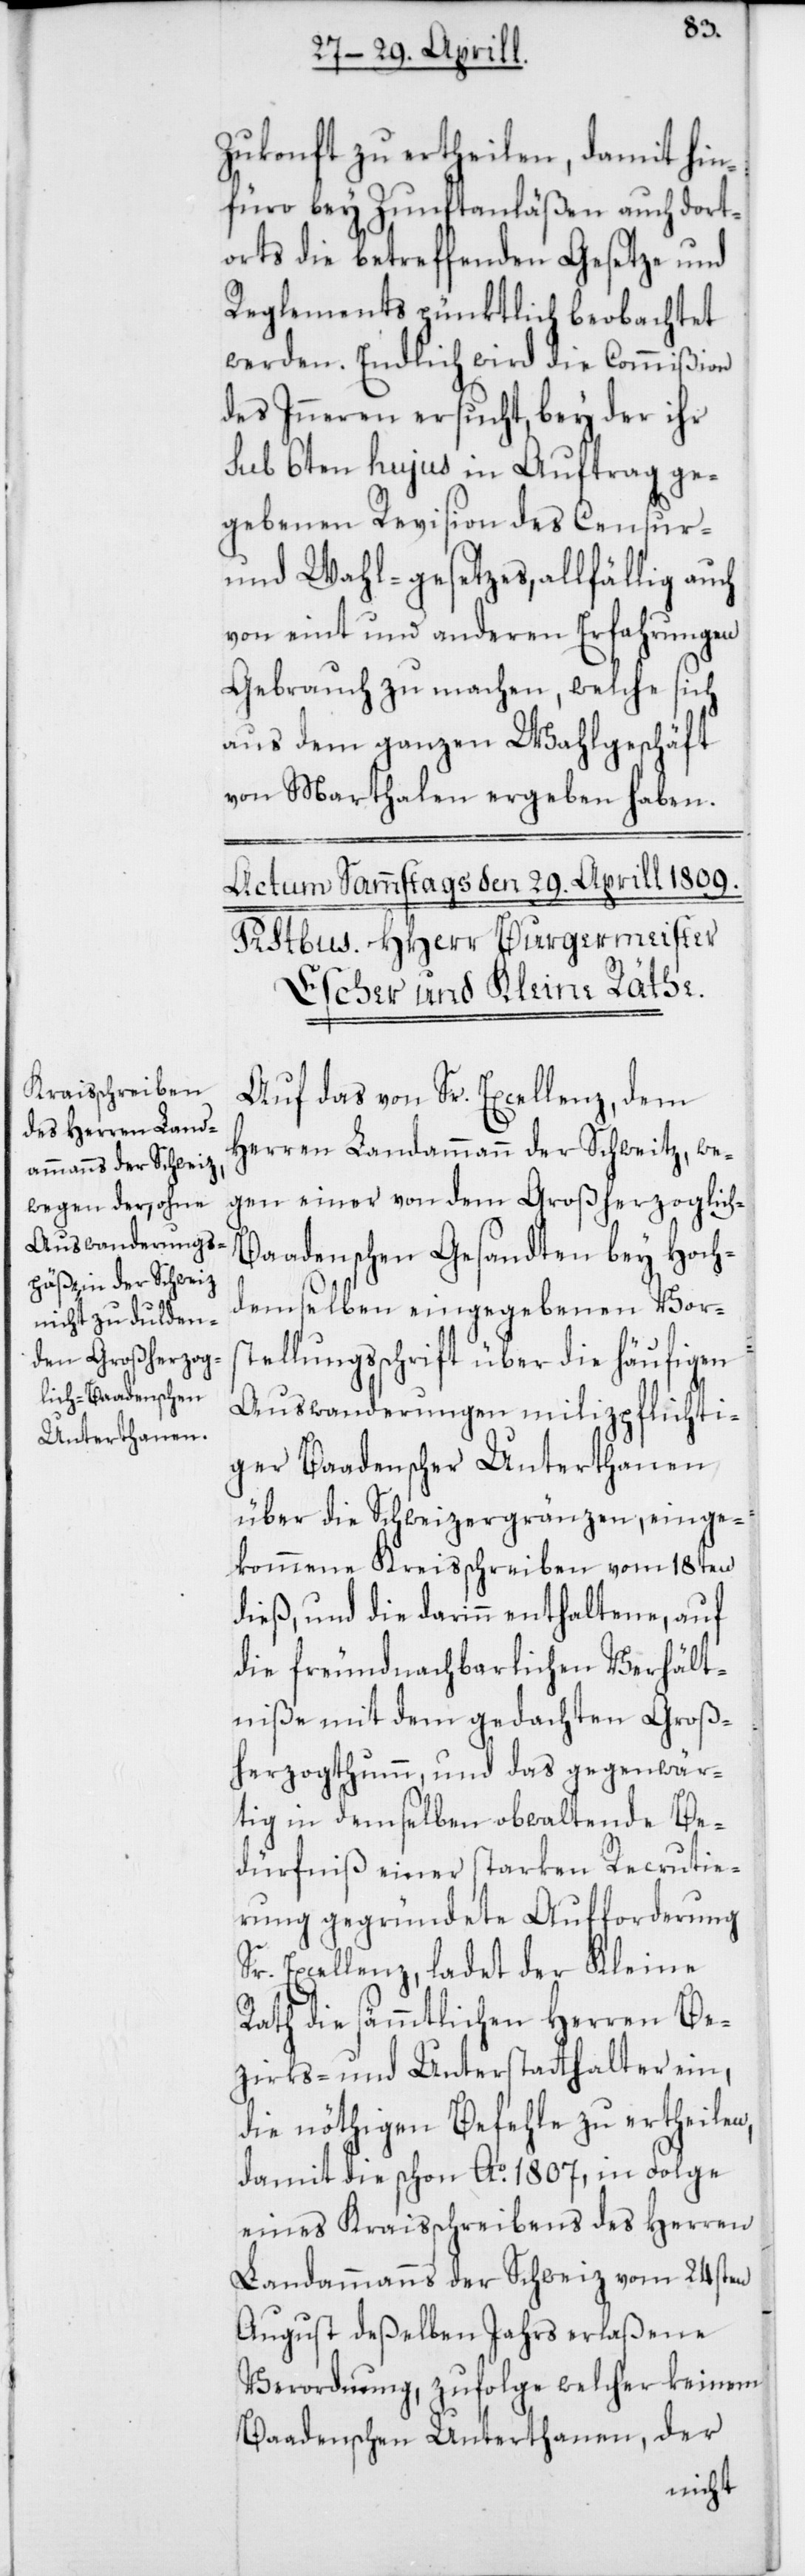
Zukonft zu ertheilen, damit hin¬
füro bey Zunftanläßen auch dort¬
orts die betreffenden Gesetze und
Reglements pünktlich beobachtet
werden. Endlich wird die Commißion
des Inneren ersucht, bey der ihr
sub 6ten hujus in Auftrag ge¬
gebenen Revision des Censur-
und Wahl-gesetzes, allfällig auch
von eint und anderen Erfahrungen
Gebrauch zu machen, welche sich
aus dem ganzen Wahlgeschäft
von Marthalen ergeben haben.
Auf das von Sr. Excellenz, dem
Herren Landammann der Schweitz, we¬
gen einer von dem Großherzoglich-B¬
aadenschen Gesandten bey Hoch¬
demselben eingegebenen Vors¬
tellungsschrift über die häufigen
Auswanderungen milizpflichti¬
ger Baadenscher Unterthanen
über die Schweizergränzen, einge¬
kommene Kreisschreiben vom 18ten
dieß, und die darinn enthaltene, auf
die freundnachbarlichen Verhält¬
niße mit dem gedachten Groß¬
herzogthum, und das gegenwär¬
tig in demselben obwaltende Be¬
dürfnis einer starken Recrutie¬
rung gegründete Aufforderung
Sr. Excellenz, ladet der Kleine
Rath die sämmtlichen Herren Be¬
zirks- und Unterstatthalter ein,
die nöthigen Befehle zu ertheilen,
damit die schon Ao 1807, in Folge
eines Kraisschreibens des Herren
Landammanns der Schweiz vom 24sten
August deßelben Jahrs erlaßene
Verordnung, zufolge welcher keinem
Baadenschen Unterthanen, der